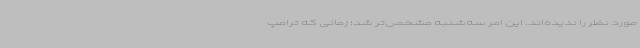
مورد نظر را ندیده‌اند. این امر سه‌شنبه مشخص‌تر شد؛ زمانی که ترامپ